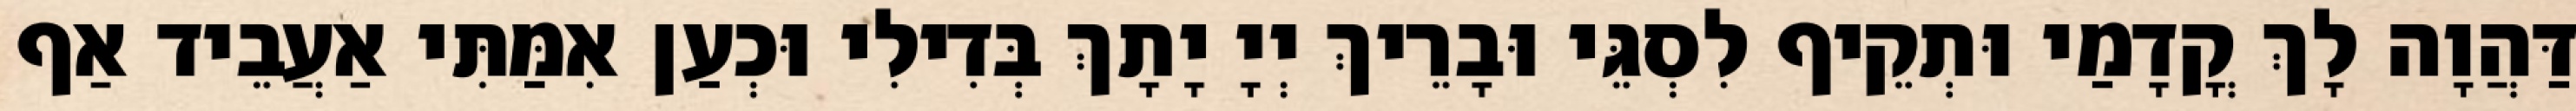
דַּהֲוָה לָךְ קֳדָמַי וּתְקֵיף לִסְגֵּי וּבָרֵיךְ יְיָ יָתָךְ בְּדִילִי וּכְעַן אִמַּתִּי אַעֲבֵיד אַף